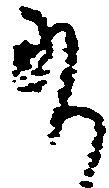
給